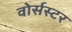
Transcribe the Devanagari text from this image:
वोर्सस्टर